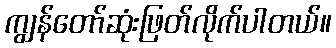
ကျွန်တော်ဆုံးဖြတ်လိုက်ပါတယ်။